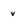
Character: v